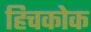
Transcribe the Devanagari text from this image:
हिचकोक